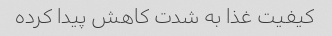
کیفیت غذا به شدت کاهش پیدا کرده